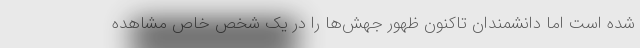
شده است اما دانشمندان تاکنون ظهور جهش‌ها را در یک شخص خاص مشاهده